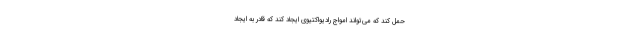
حمل کند که می‌تواند امواج رادیواکتیوی ایجاد کند که قادر به ایجاد